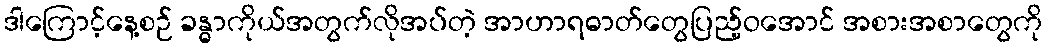
ဒါကြောင့်နေ့စဉ် ခန္ဓာကိုယ်အတွက်လိုအပ်တဲ့ အာဟာရဓာတ်တွေပြည့်ဝအောင် အစားအစာတွေကို